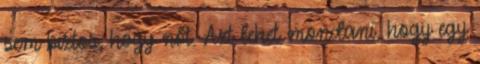
sem biztos, hogy nőt. Azt lehet mondani, hogy egy